Leaving Certificate, 1897
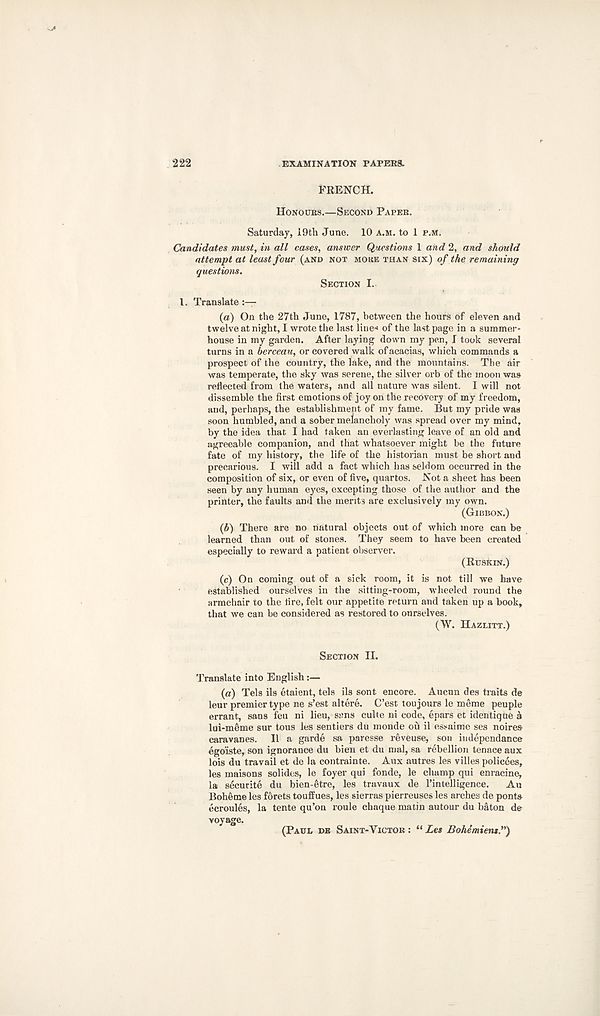
222
EXAMINATION PAPERS.
FRENCH.
HONOURS.—SECOND PAPER.
Saturday, I9th June. 10 A.M. to 1 P.M.
Candidates must, in all cases, answer Questions 1 and 2, and should
attempt at least four (AND NOT MOKE THAN SIX) of the remaining
questions.
SECTION I.
1. Translate
(a) On the 27th June, 1787, between the hours of eleven and
twelve at night, I wrote the last line* of the last page in a summer-
house in my garden. After laying down mjr pen, I took several
turns in a berceau, or covered walk of acacias, which commands a
prospect of the country, the lake, and the mountains. The air
was temperate, the sky was serene, the silver orb of the moon was
reflected from the waters, and all nature was silent. I will not
dissemble the first emotions of joy on the recovery of my freedom,
and, perhaps, the establishment of my fame. But my pride was
soon humbled, and a sober melancholy was spread over my mind,
by the idea that 1 had taken an everlasting leave of an old and
agreeable companion, and that whatsoever might be the future
fate of my history, the life of the historian must be short and
precarious. I will add a fact which has seldom occurred in the
composition of six, or even of five, quartos. Not a sheet has been
seen by any human eyes, excepting those of the author and the
printer, the faults and the merits are exclusively my own.
(GIBBON.)
(b) There are no natural objects out of which more can be
learned than out of stones. They seem to have been created
especially to reward a patient observer.
(RUSKIN.)
(c) On coming out of a sick room, it is not till we have
established ourselves in the sitting-room, wheeled round the
armchair to the fire, felt our appetite return and taken up a book,
that we can be considered as restored to ourselves.
(W. HAZLITT.)
SECTION II.
Translate into English :—
(a) Tels ils etaient, tels ils sent encore. Aucun des traits de
leur premier type ne s’est altere. C’est tou jours le meme peuple
errant, sans feu ni lieu, srns culte ni code, epars et identique a
lui-meme sur tous les sentiers du monde ou il essaime ses noires
caravanes. II a garde sa paresse reveuse, son iudependance
ego'iste, son ignorance du bien et du mal, sa rebellion tenace aux
lois du travail et de la contrainte. Aux autres les villes policees,
les maisons solides, le foyer qui fonde, le champ qui enracine,
la securite du bien-etre, les travaux de I’intelligence.
Au
Boheme les forets touffues, les sierras pierreuses les arches de ponts
ecroules, la tente qu’on roule chaque matin autour du baton de
voyage.
(PAUL DE SAINT-YICTOR : “Les Bohemiens”)